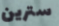
سترين